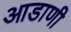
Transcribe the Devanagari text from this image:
आडाणी